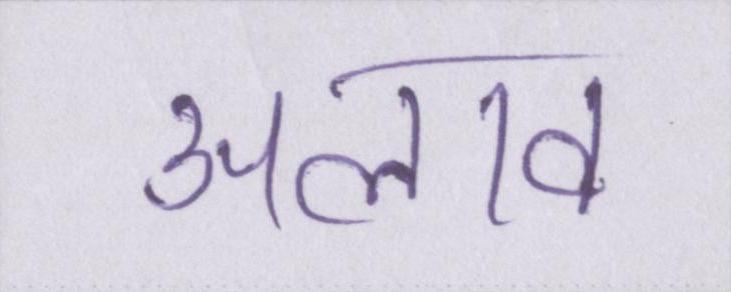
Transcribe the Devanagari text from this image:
अलाव